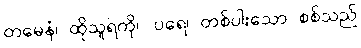
တမေနံ၊ ထိုသူရဲကို။ ပရေ၊ တစ်ပါးသော စစ်သည်